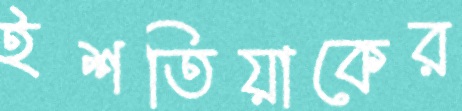
ইশতিয়াকের